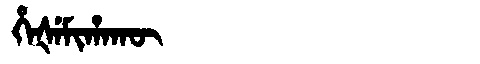
Manchu: ᡥᡝᡧᡝᠮᡳᡥᠠᡴᡡ
Romanization: HEŠEMIHAKŪ